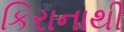
કિરાનાથી